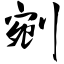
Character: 剜